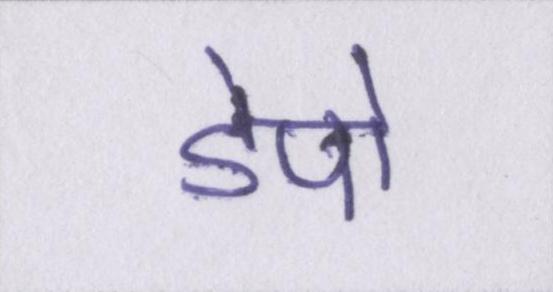
डेपो